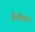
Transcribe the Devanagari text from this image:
है।वेतन